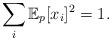
LaTeX: \begin{align*}\sum_i \mathbb{E}_p[x_i]^2 = 1.\end{align*}